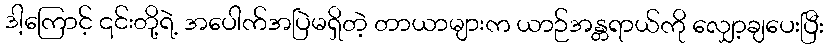
ဒါ့ကြောင့် ၎င်းတို့ရဲ့ အပေါက်အပြဲမရှိတဲ့ တာယာများက ယာဉ်အန္တရာယ်ကို လျှော့ချပေးပြီး